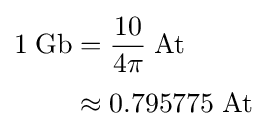
{\begin{aligned}1\;{\text{Gb}}&={\frac {10}{4\pi }}\;{\text{At}}\\[2pt]&\approx 0.795775\;{\text{At}}\end{aligned}}